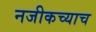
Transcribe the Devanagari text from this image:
नजीकच्याच